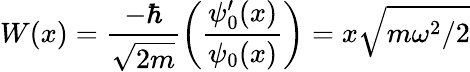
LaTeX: W(x)={\frac{-\hbar}{\sqrt{2m}}}{\bigg(}{\frac{\psi_{0}^{\prime}(x)}{\psi_{0}(x)}}{\bigg)}=x{\sqrt{m\omega^{2}/2}}